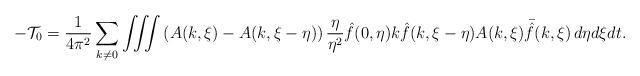
LaTeX: \begin{align*} - \mathcal{T}_0 = \frac{1}{4 \pi^2}\sum_{k\neq0}\int \!\!\! \int\!\!\! \int \left(A(k,\xi)-A(k,\xi-\eta)\right)\frac{\eta}{\eta^2}\hat{f}(0,\eta)k\hat{f}(k,\xi-\eta) A(k,\xi)\bar{\hat{f}}(k,\xi)\,d\eta d\xi dt. \end{align*}